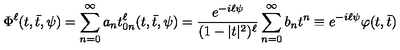
\Phi ^ { \ell } ( t , \bar { t } , \psi ) = \sum _ { n = 0 } ^ { \infty } a _ { n } t _ { 0 n } ^ { \ell } ( t , \bar { t } , \psi ) = \frac { e ^ { - i \ell \psi } } { ( 1 - | t | ^ { 2 } ) ^ { \ell } } \sum _ { n = 0 } ^ { \infty } b _ { n } t ^ { n } \equiv e ^ { - i \ell \psi } \varphi ( t , \bar { t } ) \,